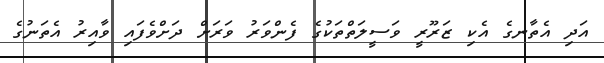
އަދި އެތާނގެ އެކި ޒަރޫރީ ވަސީލަތްތަކުގެ ފެންވަރު ވަރަށް ދަށްވެފައި ވާއިރު އެތަނުގެ